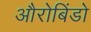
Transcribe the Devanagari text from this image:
औरोबिंडो